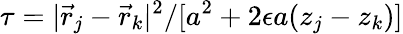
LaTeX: \tau=|\vec{r}_{j}-\vec{r}_{k}|^{2}/[a^{2}+2\epsilon a(z_{j}-z_{k})]